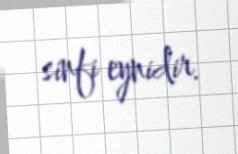
sinfi eynidir.